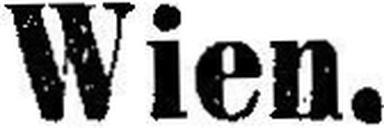
Wien.